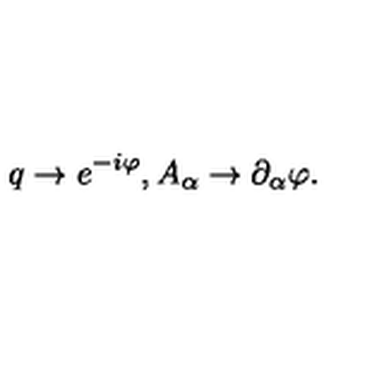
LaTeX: q \to e ^ { - i \varphi } , A _ { \alpha } \to \partial _ { \alpha } \varphi .